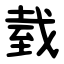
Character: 臷